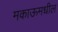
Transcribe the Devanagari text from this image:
मकाऊमधील